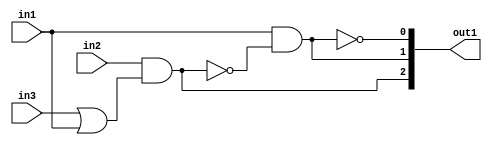
`timescale 1ps / 1ps
/*****************************************************************************
    Verilog RTL Description
    
    
    Created by: Stratus DpOpt 21.05.01 
*******************************************************************************/

module SobelFilter_gen_busy_r_4 (
	in1,
	in2,
	in3,
	out1
	); /* architecture "behavioural" */ 
input  in1,
	in2,
	in3;
output [2:0] out1;
wire  asc003,
	asc004,
	asc006,
	asc008,
	asc010;
wire [2:0] asc011;

assign asc004 = 
	(in3)
	|(in1);

assign asc003 = 
	(in2)
	&(asc004);

assign asc008 = 
	((~asc003));

assign asc006 = 
	(in1)
	&(asc008);

assign asc010 = 
	((~asc006));

assign asc011 = {asc003,asc006,asc010};

assign out1 = asc011;
endmodule

/* CADENCE  v7P2Swo= : u9/ySxbfrwZIxEzHVQQV8Q== ** DO NOT EDIT THIS LINE ******/